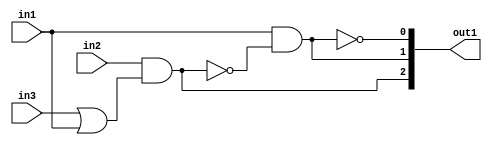
`timescale 1ps / 1ps
/*****************************************************************************
    Verilog RTL Description
    
    
    Created by: Stratus DpOpt 21.05.01 
*******************************************************************************/

module SobelFilter_gen_busy_r_4 (
	in1,
	in2,
	in3,
	out1
	); /* architecture "behavioural" */ 
input  in1,
	in2,
	in3;
output [2:0] out1;
wire  asc003,
	asc004,
	asc006,
	asc008,
	asc010;
wire [2:0] asc011;

assign asc004 = 
	(in3)
	|(in1);

assign asc003 = 
	(in2)
	&(asc004);

assign asc008 = 
	((~asc003));

assign asc006 = 
	(in1)
	&(asc008);

assign asc010 = 
	((~asc006));

assign asc011 = {asc003,asc006,asc010};

assign out1 = asc011;
endmodule

/* CADENCE  v7P2Swo= : u9/ySxbfrwZIxEzHVQQV8Q== ** DO NOT EDIT THIS LINE ******/